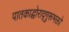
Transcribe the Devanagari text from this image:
पातकाद्घोराद्गुरूभक्तो